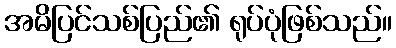
အမိပြင်သစ်ပြည်၏ ရုပ်ပုံဖြစ်သည်။